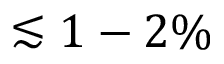
\lesssim 1 - 2 \%